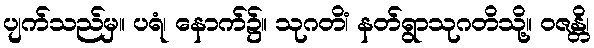
ပျက်သည်မှ။ ပရံ၊ နောက်၌။ သုဂတိံ၊ နတ်ရွာသုဂတိသို့။ ဝဇန္တိ၊